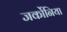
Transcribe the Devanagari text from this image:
जर्कोनिया